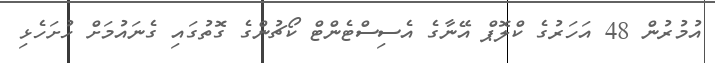
އުމުރުން 48 އަހަރުގެ ކްލޮޕް އޭނާގެ އެސިސްޓެންޓް ކޯޗުންގެ ގޮތުގައި ގެނައުމަށް ހުށަހެޅި